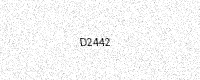
Text: D2442